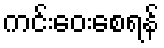
ကင်းဝေးစေရန်